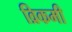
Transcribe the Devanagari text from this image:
व्रिकमी